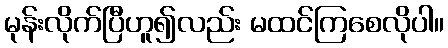
မုန်းလိုက်ပြီဟူ၍လည်း မထင်ကြစေလိုပါ။